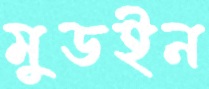
মুডইন